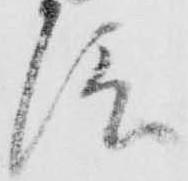
信